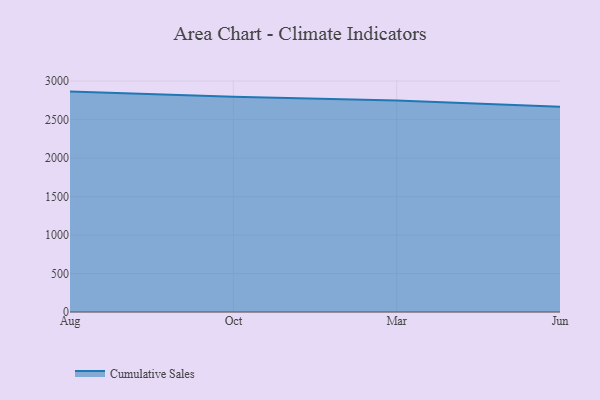
{"axis": {"x": "Month", "y": "Demand Index"}, "legend": ["Cumulative Sales"], "data": [{"x": "Aug", "y": 2863.7, "type": "Cumulative Sales"}, {"x": "Oct", "y": 2797.7, "type": "Cumulative Sales"}, {"x": "Mar", "y": 2748.5, "type": "Cumulative Sales"}, {"x": "Jun", "y": 2666.2, "type": "Cumulative Sales"}]}